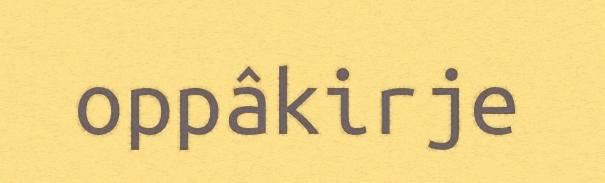
oppâkirje